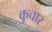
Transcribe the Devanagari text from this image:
कूचार